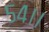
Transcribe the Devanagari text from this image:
५४।।